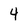
Character: 4